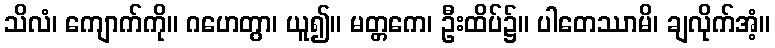
သိလံ၊ ကျောက်ကို။ ဂဟေတွာ၊ ယူ၍။ မတ္တကေ၊ ဦးထိပ်၌။ ပါတေဿာမိ၊ ချလိုက်အံ့။